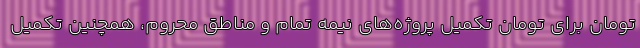
تومان برای تومان تکمیل پروژه‌های نیمه تمام و مناطق محروم، همچنین تکمیل